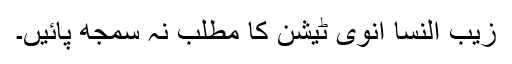
زیب النسا انوی ٹیشن کا مطلب نہ سمجھ پائیں۔